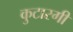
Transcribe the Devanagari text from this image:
कुटारगी